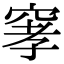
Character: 窙